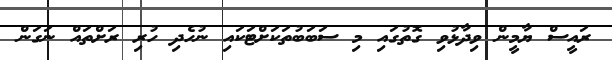
ރައީސް ޔާމީން ވިދާޅުވި ގޮތުގައި މި ސަބަބުތަކަށްޓަކައި ނުހެދި ހުރި ރަށްތައް ނަގަން